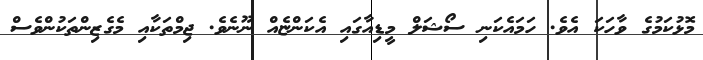
މޮޅުކަމުގެ ވާހަކަ އެވެ. ހަމައެކަނި ސޯޝަލް މީޑިއާގައި އެކަންޏެއް ނޫނެވެ. ޖިމްތަކާއި މެގެޒިންތަކުންވެސް